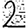
Digit: 2